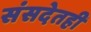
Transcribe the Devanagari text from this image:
संसदेतही